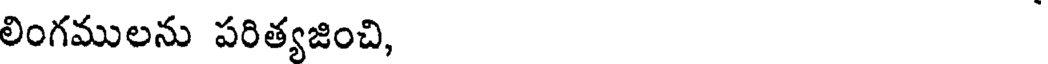
లింగములను పరిత్యజించి,